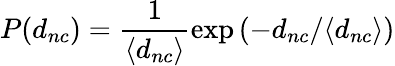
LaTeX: P(d_{nc})=\frac{1}{\langle d_{nc}\rangle}\exp{(-d_{nc}/\langle d_{nc}\rangle)}